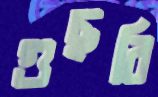
গুছবি